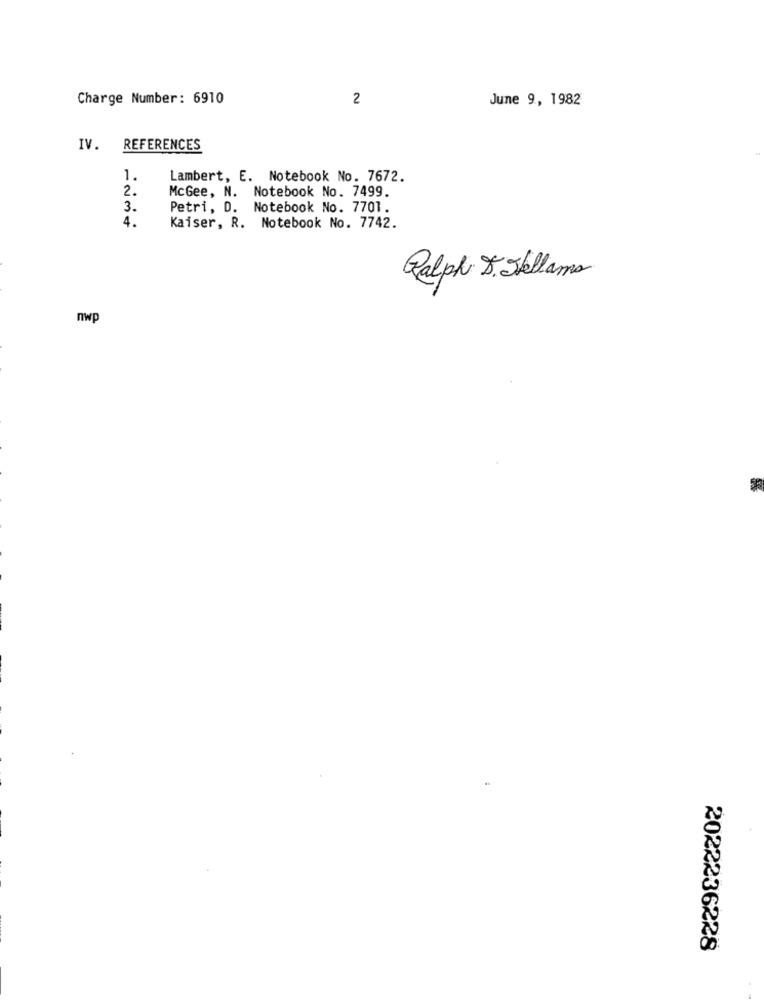
Charge Number: 6910
2
June 9, 1982
IV.
REFERENCES
1.
Lambert, E. Notebook No. 7672.
2.
McGee, N. Notebook No. 7499.
3.
Petri, D. Notebook No. 7701.
4.
Kaiser, R. Notebook No. 7742.
Ralph S. Skellams
nwp
2022236228